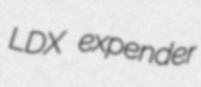
LDX expender